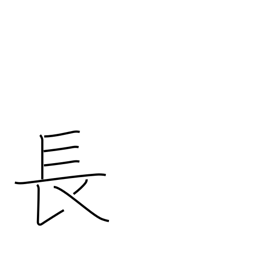
Meaning: superior